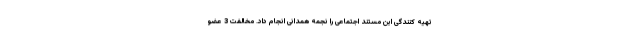
تهیه کنندگی این مستند اجتماعی را نجمه همدانی انجام داد. مخالفت 3 عضو